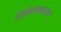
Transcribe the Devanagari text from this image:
विपिनचन्द्रपाल